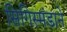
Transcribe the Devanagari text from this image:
सिगिस्मंडाने